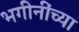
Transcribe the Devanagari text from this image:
भगीनींच्या